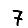
Digit: 7